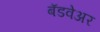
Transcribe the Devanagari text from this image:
बॅडवेअर